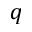
q